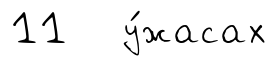
11 у́жасах